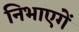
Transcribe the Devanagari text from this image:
निभाएगें